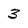
Character: 3